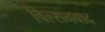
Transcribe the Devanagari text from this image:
विल्सनवाद